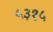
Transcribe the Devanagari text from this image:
५३१५